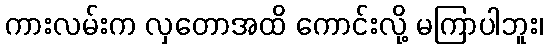
ကားလမ်းက လှတောအထိ ကောင်းလို့ မကြာပါဘူး၊